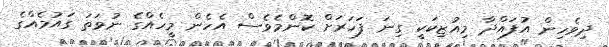
ދިވެހިން އުފައްދާ މިއުޒިކަކީ ގިނަ ފަހަރަށް ކޮންމެވެސް އެހެން މީހެއްގެ ނުވަތަ ގައުމެއްގެ